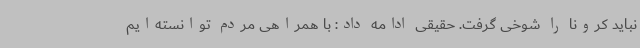
نباید کرونا را شوخی گرفت. حقیقی ادامه داد: با همراهی مردم توانسته‌ایم